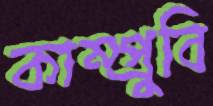
কাম্প্রুবি